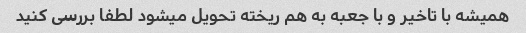
همیشه با تاخیر و با جعبه به هم ریخته تحویل میشود لطفا بررسی کنید